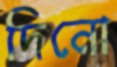
দিনো